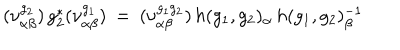
LaTeX: ( \nu _ { \alpha \beta } ^ { g _ { 2 } } ) \, g _ { 2 } ^ { * } ( \nu _ { \alpha \beta } ^ { g _ { 1 } } ) \: = \: ( \nu _ { \alpha \beta } ^ { g _ { 1 } g _ { 2 } } ) \, h ( g _ { 1 } , g _ { 2 } ) _ { \alpha } \, h ( g _ { 1 } , g _ { 2 } ) _ { \beta } ^ { - 1 }